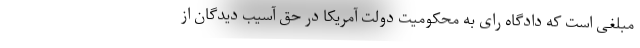
مبلغی است که دادگاه رای به محکومیت دولت آمریکا در حق آسیب دیدگان از